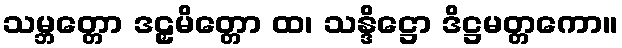
သမ္ဘတ္တော ဒဠှမိတ္တော ထ၊ သန္ဒိဋ္ဌော ဒိဋ္ဌမတ္တကော။